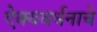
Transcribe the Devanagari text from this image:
ऐक्यवर्धनाचे